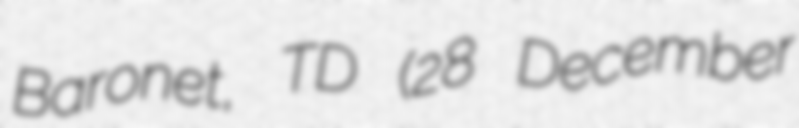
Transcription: Baronet, TD (28 December